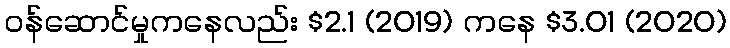
ဝန်ဆောင်မှုကနေလည်း $2.1 (2019) ကနေ $3.01 (2020)